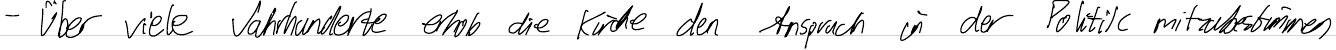
- über viele Jahrhunderte erhob die Kirche den Anspruch in der Politik mitzubestimmen